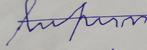
Signature authenticity: forged